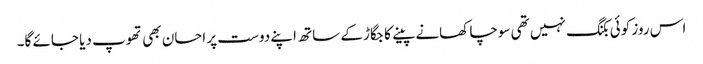
اس روز کوئی بکنگ نہیں تھی سوچا کھانے پینے کا جگاڑ کے ساتھ اپنے دوست پر احسان بھی تھوپ دیا جائے گا۔